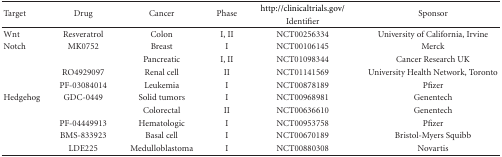
<table><thead><tr><td rowspan="2"><b>Target</b></td><td rowspan="2"><b>Drug</b></td><td rowspan="2"><b>Cancer</b></td><td rowspan="2"><b>Phase</b></td><td><b>http://clinicaltrials.gov/</b></td><td rowspan="2"><b>Sponsor</b></td></tr><tr><td><b>Identifier</b></td></tr></thead><tbody><tr><td>Wnt</td><td>Resveratrol</td><td>Colon</td><td>I, II</td><td>NCT00256334</td><td>University of California, Irvine</td></tr><tr><td>Notch</td><td>MK0752</td><td>Breast</td><td>I</td><td>NCT00106145</td><td>Merck</td></tr><tr><td></td><td></td><td>Pancreatic</td><td>I, II</td><td>NCT01098344</td><td>Cancer Research UK</td></tr><tr><td></td><td>RO4929097</td><td>Renal cell</td><td>II</td><td>NCT01141569</td><td>University Health Network, Toronto</td></tr><tr><td></td><td>PF-03084014</td><td>Leukemia</td><td>I</td><td>NCT00878189</td><td>Pfizer</td></tr><tr><td>Hedgehog</td><td>GDC-0449</td><td>Solid tumors</td><td>I</td><td>NCT00968981</td><td>Genentech</td></tr><tr><td></td><td></td><td>Colorectal</td><td>II</td><td>NCT00636610</td><td>Genentech</td></tr><tr><td></td><td>PF-04449913</td><td>Hematologic</td><td>I</td><td>NCT00953758</td><td>Pfizer</td></tr><tr><td></td><td>BMS-833923</td><td>Basal cell</td><td>I</td><td>NCT00670189</td><td>Bristol-Myers Squibb</td></tr><tr><td></td><td>LDE225</td><td>Medulloblastoma</td><td>I</td><td>NCT00880308</td><td>Novartis</td></tr></tbody></table>